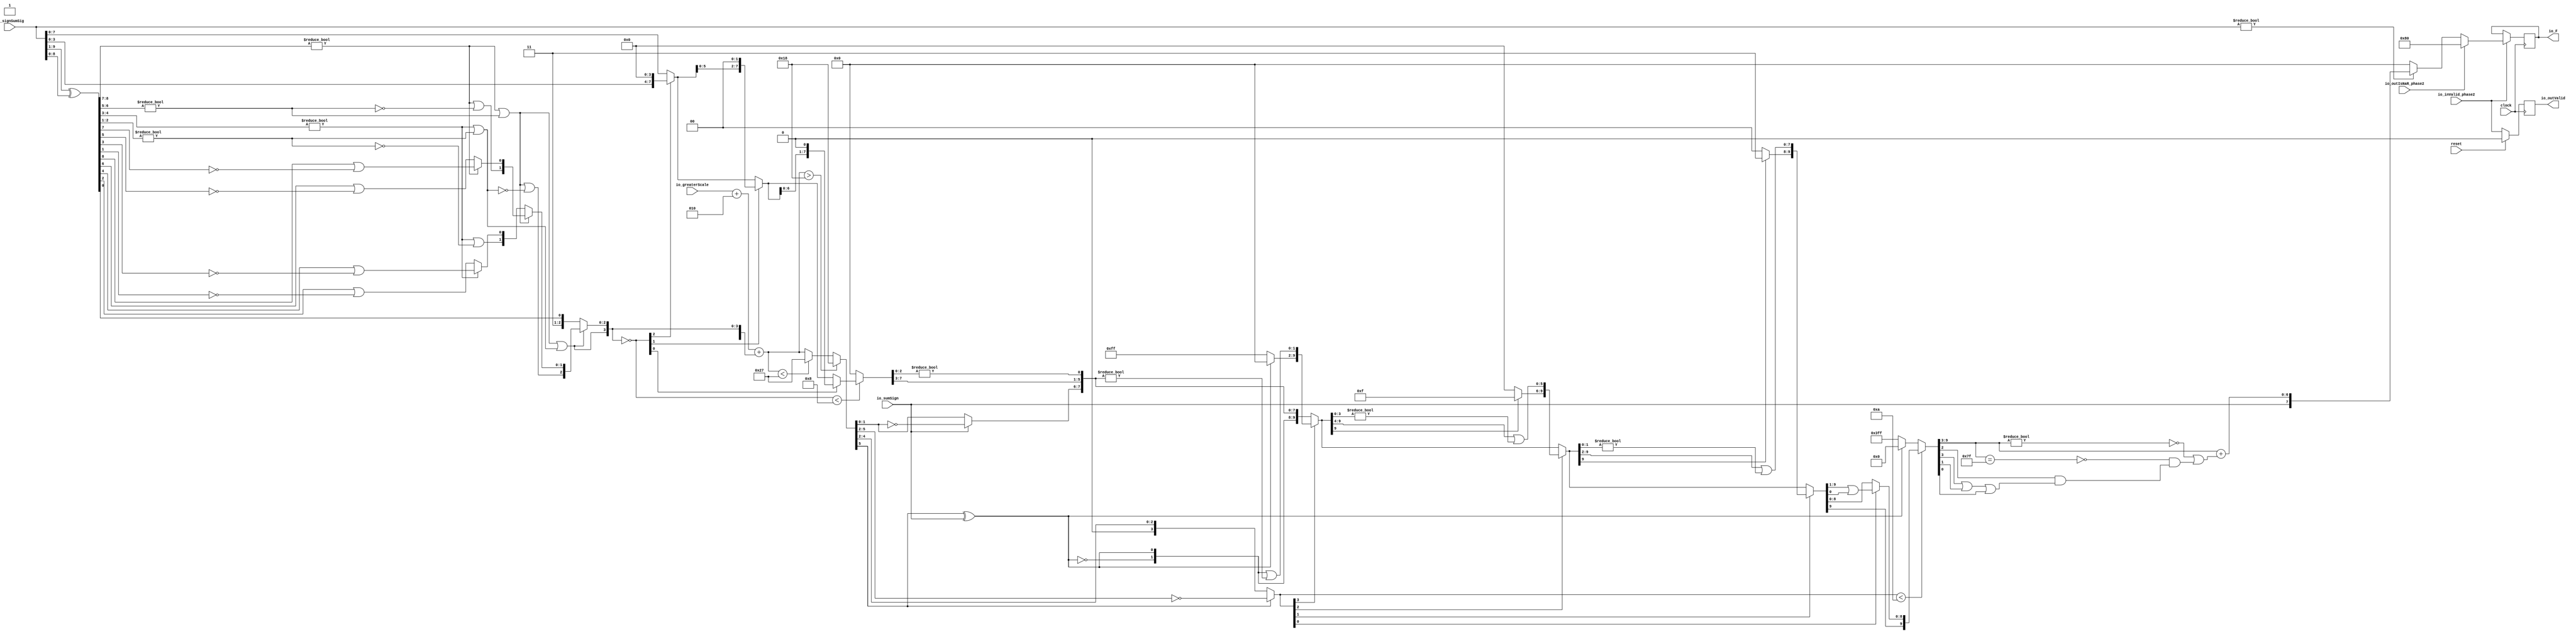
module FMAEnc8_2(
  input        clock,
  input        reset,
  input        io_inValid_phase2,
  input  [9:0] io_signSumSig,
  input        io_sumSign,
  input  [5:0] io_greaterScale,
  input        io_outIsNaR_phase2,
  output [7:0] io_F,
  output       io_outValid
);
  wire [8:0] _T; // @[FMAEnc.scala 35:36]
  wire [8:0] _T_1; // @[FMAEnc.scala 35:74]
  wire [8:0] sumXor; // @[FMAEnc.scala 35:54]
  wire [7:0] _T_2; // @[LZD.scala 43:32]
  wire [3:0] _T_3; // @[LZD.scala 43:32]
  wire [1:0] _T_4; // @[LZD.scala 43:32]
  wire  _T_5; // @[LZD.scala 39:14]
  wire  _T_6; // @[LZD.scala 39:21]
  wire  _T_7; // @[LZD.scala 39:30]
  wire  _T_8; // @[LZD.scala 39:27]
  wire  _T_9; // @[LZD.scala 39:25]
  wire [1:0] _T_10; // @[Cat.scala 29:58]
  wire [1:0] _T_11; // @[LZD.scala 44:32]
  wire  _T_12; // @[LZD.scala 39:14]
  wire  _T_13; // @[LZD.scala 39:21]
  wire  _T_14; // @[LZD.scala 39:30]
  wire  _T_15; // @[LZD.scala 39:27]
  wire  _T_16; // @[LZD.scala 39:25]
  wire [1:0] _T_17; // @[Cat.scala 29:58]
  wire  _T_18; // @[Shift.scala 12:21]
  wire  _T_19; // @[Shift.scala 12:21]
  wire  _T_20; // @[LZD.scala 49:16]
  wire  _T_21; // @[LZD.scala 49:27]
  wire  _T_22; // @[LZD.scala 49:25]
  wire  _T_23; // @[LZD.scala 49:47]
  wire  _T_24; // @[LZD.scala 49:59]
  wire  _T_25; // @[LZD.scala 49:35]
  wire [2:0] _T_27; // @[Cat.scala 29:58]
  wire [3:0] _T_28; // @[LZD.scala 44:32]
  wire [1:0] _T_29; // @[LZD.scala 43:32]
  wire  _T_30; // @[LZD.scala 39:14]
  wire  _T_31; // @[LZD.scala 39:21]
  wire  _T_32; // @[LZD.scala 39:30]
  wire  _T_33; // @[LZD.scala 39:27]
  wire  _T_34; // @[LZD.scala 39:25]
  wire [1:0] _T_35; // @[Cat.scala 29:58]
  wire [1:0] _T_36; // @[LZD.scala 44:32]
  wire  _T_37; // @[LZD.scala 39:14]
  wire  _T_38; // @[LZD.scala 39:21]
  wire  _T_39; // @[LZD.scala 39:30]
  wire  _T_40; // @[LZD.scala 39:27]
  wire  _T_41; // @[LZD.scala 39:25]
  wire [1:0] _T_42; // @[Cat.scala 29:58]
  wire  _T_43; // @[Shift.scala 12:21]
  wire  _T_44; // @[Shift.scala 12:21]
  wire  _T_45; // @[LZD.scala 49:16]
  wire  _T_46; // @[LZD.scala 49:27]
  wire  _T_47; // @[LZD.scala 49:25]
  wire  _T_48; // @[LZD.scala 49:47]
  wire  _T_49; // @[LZD.scala 49:59]
  wire  _T_50; // @[LZD.scala 49:35]
  wire [2:0] _T_52; // @[Cat.scala 29:58]
  wire  _T_53; // @[Shift.scala 12:21]
  wire  _T_54; // @[Shift.scala 12:21]
  wire  _T_55; // @[LZD.scala 49:16]
  wire  _T_56; // @[LZD.scala 49:27]
  wire  _T_57; // @[LZD.scala 49:25]
  wire [1:0] _T_58; // @[LZD.scala 49:47]
  wire [1:0] _T_59; // @[LZD.scala 49:59]
  wire [1:0] _T_60; // @[LZD.scala 49:35]
  wire [3:0] _T_62; // @[Cat.scala 29:58]
  wire  _T_63; // @[LZD.scala 44:32]
  wire  _T_65; // @[Shift.scala 12:21]
  wire [2:0] _T_68; // @[Cat.scala 29:58]
  wire [2:0] _T_69; // @[LZD.scala 55:32]
  wire [2:0] _T_70; // @[LZD.scala 55:20]
  wire [3:0] sumLZD; // @[Cat.scala 29:58]
  wire [3:0] shiftValue; // @[FMAEnc.scala 37:24]
  wire [7:0] _T_71; // @[FMAEnc.scala 38:41]
  wire  _T_72; // @[Shift.scala 16:24]
  wire [2:0] _T_73; // @[Shift.scala 17:37]
  wire  _T_74; // @[Shift.scala 12:21]
  wire [3:0] _T_75; // @[Shift.scala 64:52]
  wire [7:0] _T_77; // @[Cat.scala 29:58]
  wire [7:0] _T_78; // @[Shift.scala 64:27]
  wire [1:0] _T_79; // @[Shift.scala 66:70]
  wire  _T_80; // @[Shift.scala 12:21]
  wire [5:0] _T_81; // @[Shift.scala 64:52]
  wire [7:0] _T_83; // @[Cat.scala 29:58]
  wire [7:0] _T_84; // @[Shift.scala 64:27]
  wire  _T_85; // @[Shift.scala 66:70]
  wire [6:0] _T_87; // @[Shift.scala 64:52]
  wire [7:0] _T_88; // @[Cat.scala 29:58]
  wire [7:0] _T_89; // @[Shift.scala 64:27]
  wire [7:0] normalFracTmp; // @[Shift.scala 16:10]
  wire [5:0] _T_91; // @[FMAEnc.scala 41:39]
  wire [5:0] _T_92; // @[FMAEnc.scala 41:39]
  wire [4:0] _T_93; // @[Cat.scala 29:58]
  wire [4:0] _T_94; // @[FMAEnc.scala 41:64]
  wire [5:0] _GEN_2; // @[FMAEnc.scala 41:45]
  wire [5:0] _T_96; // @[FMAEnc.scala 41:45]
  wire [5:0] sumScale; // @[FMAEnc.scala 41:45]
  wire [2:0] sumFrac; // @[FMAEnc.scala 42:41]
  wire [4:0] grsTmp; // @[FMAEnc.scala 45:41]
  wire [1:0] _T_97; // @[FMAEnc.scala 48:40]
  wire [2:0] _T_98; // @[FMAEnc.scala 48:56]
  wire  _T_99; // @[FMAEnc.scala 48:60]
  wire  underflow; // @[FMAEnc.scala 55:32]
  wire  overflow; // @[FMAEnc.scala 56:32]
  wire  _T_100; // @[FMAEnc.scala 65:35]
  wire  decF_isZero; // @[FMAEnc.scala 65:20]
  wire [5:0] _T_102; // @[Mux.scala 87:16]
  wire [5:0] decF_scale; // @[Mux.scala 87:16]
  wire [1:0] _T_104; // @[convert.scala 46:61]
  wire [1:0] _T_105; // @[convert.scala 46:52]
  wire [1:0] _T_107; // @[convert.scala 46:42]
  wire [3:0] _T_108; // @[convert.scala 48:34]
  wire  _T_109; // @[convert.scala 49:36]
  wire [3:0] _T_111; // @[convert.scala 50:36]
  wire [3:0] _T_112; // @[convert.scala 50:36]
  wire [3:0] _T_113; // @[convert.scala 50:28]
  wire  _T_114; // @[convert.scala 51:31]
  wire  _T_115; // @[convert.scala 52:43]
  wire [9:0] _T_119; // @[Cat.scala 29:58]
  wire [3:0] _T_120; // @[Shift.scala 39:17]
  wire  _T_121; // @[Shift.scala 39:24]
  wire [1:0] _T_123; // @[Shift.scala 90:30]
  wire [7:0] _T_124; // @[Shift.scala 90:48]
  wire  _T_125; // @[Shift.scala 90:57]
  wire [1:0] _GEN_3; // @[Shift.scala 90:39]
  wire [1:0] _T_126; // @[Shift.scala 90:39]
  wire  _T_127; // @[Shift.scala 12:21]
  wire  _T_128; // @[Shift.scala 12:21]
  wire [7:0] _T_130; // @[Bitwise.scala 71:12]
  wire [9:0] _T_131; // @[Cat.scala 29:58]
  wire [9:0] _T_132; // @[Shift.scala 91:22]
  wire [2:0] _T_133; // @[Shift.scala 92:77]
  wire [5:0] _T_134; // @[Shift.scala 90:30]
  wire [3:0] _T_135; // @[Shift.scala 90:48]
  wire  _T_136; // @[Shift.scala 90:57]
  wire [5:0] _GEN_4; // @[Shift.scala 90:39]
  wire [5:0] _T_137; // @[Shift.scala 90:39]
  wire  _T_138; // @[Shift.scala 12:21]
  wire  _T_139; // @[Shift.scala 12:21]
  wire [3:0] _T_141; // @[Bitwise.scala 71:12]
  wire [9:0] _T_142; // @[Cat.scala 29:58]
  wire [9:0] _T_143; // @[Shift.scala 91:22]
  wire [1:0] _T_144; // @[Shift.scala 92:77]
  wire [7:0] _T_145; // @[Shift.scala 90:30]
  wire [1:0] _T_146; // @[Shift.scala 90:48]
  wire  _T_147; // @[Shift.scala 90:57]
  wire [7:0] _GEN_5; // @[Shift.scala 90:39]
  wire [7:0] _T_148; // @[Shift.scala 90:39]
  wire  _T_149; // @[Shift.scala 12:21]
  wire  _T_150; // @[Shift.scala 12:21]
  wire [1:0] _T_152; // @[Bitwise.scala 71:12]
  wire [9:0] _T_153; // @[Cat.scala 29:58]
  wire [9:0] _T_154; // @[Shift.scala 91:22]
  wire  _T_155; // @[Shift.scala 92:77]
  wire [8:0] _T_156; // @[Shift.scala 90:30]
  wire  _T_157; // @[Shift.scala 90:48]
  wire [8:0] _GEN_6; // @[Shift.scala 90:39]
  wire [8:0] _T_159; // @[Shift.scala 90:39]
  wire  _T_161; // @[Shift.scala 12:21]
  wire [9:0] _T_162; // @[Cat.scala 29:58]
  wire [9:0] _T_163; // @[Shift.scala 91:22]
  wire [9:0] _T_166; // @[Bitwise.scala 71:12]
  wire [9:0] _T_167; // @[Shift.scala 39:10]
  wire  _T_168; // @[convert.scala 55:31]
  wire  _T_169; // @[convert.scala 56:31]
  wire  _T_170; // @[convert.scala 57:31]
  wire  _T_171; // @[convert.scala 58:31]
  wire [6:0] _T_172; // @[convert.scala 59:69]
  wire  _T_173; // @[convert.scala 59:81]
  wire  _T_174; // @[convert.scala 59:50]
  wire  _T_176; // @[convert.scala 60:81]
  wire  _T_177; // @[convert.scala 61:44]
  wire  _T_178; // @[convert.scala 61:52]
  wire  _T_179; // @[convert.scala 61:36]
  wire  _T_180; // @[convert.scala 62:63]
  wire  _T_181; // @[convert.scala 62:103]
  wire  _T_182; // @[convert.scala 62:60]
  wire [6:0] _GEN_7; // @[convert.scala 63:56]
  wire [6:0] _T_185; // @[convert.scala 63:56]
  wire [7:0] _T_186; // @[Cat.scala 29:58]
  reg  _T_190; // @[Valid.scala 117:22]
  reg [31:0] _RAND_0;
  reg [7:0] _T_194; // @[Reg.scala 15:16]
  reg [31:0] _RAND_1;
  assign _T = io_signSumSig[9:1]; // @[FMAEnc.scala 35:36]
  assign _T_1 = io_signSumSig[8:0]; // @[FMAEnc.scala 35:74]
  assign sumXor = _T ^ _T_1; // @[FMAEnc.scala 35:54]
  assign _T_2 = sumXor[8:1]; // @[LZD.scala 43:32]
  assign _T_3 = _T_2[7:4]; // @[LZD.scala 43:32]
  assign _T_4 = _T_3[3:2]; // @[LZD.scala 43:32]
  assign _T_5 = _T_4 != 2'h0; // @[LZD.scala 39:14]
  assign _T_6 = _T_4[1]; // @[LZD.scala 39:21]
  assign _T_7 = _T_4[0]; // @[LZD.scala 39:30]
  assign _T_8 = ~ _T_7; // @[LZD.scala 39:27]
  assign _T_9 = _T_6 | _T_8; // @[LZD.scala 39:25]
  assign _T_10 = {_T_5,_T_9}; // @[Cat.scala 29:58]
  assign _T_11 = _T_3[1:0]; // @[LZD.scala 44:32]
  assign _T_12 = _T_11 != 2'h0; // @[LZD.scala 39:14]
  assign _T_13 = _T_11[1]; // @[LZD.scala 39:21]
  assign _T_14 = _T_11[0]; // @[LZD.scala 39:30]
  assign _T_15 = ~ _T_14; // @[LZD.scala 39:27]
  assign _T_16 = _T_13 | _T_15; // @[LZD.scala 39:25]
  assign _T_17 = {_T_12,_T_16}; // @[Cat.scala 29:58]
  assign _T_18 = _T_10[1]; // @[Shift.scala 12:21]
  assign _T_19 = _T_17[1]; // @[Shift.scala 12:21]
  assign _T_20 = _T_18 | _T_19; // @[LZD.scala 49:16]
  assign _T_21 = ~ _T_19; // @[LZD.scala 49:27]
  assign _T_22 = _T_18 | _T_21; // @[LZD.scala 49:25]
  assign _T_23 = _T_10[0:0]; // @[LZD.scala 49:47]
  assign _T_24 = _T_17[0:0]; // @[LZD.scala 49:59]
  assign _T_25 = _T_18 ? _T_23 : _T_24; // @[LZD.scala 49:35]
  assign _T_27 = {_T_20,_T_22,_T_25}; // @[Cat.scala 29:58]
  assign _T_28 = _T_2[3:0]; // @[LZD.scala 44:32]
  assign _T_29 = _T_28[3:2]; // @[LZD.scala 43:32]
  assign _T_30 = _T_29 != 2'h0; // @[LZD.scala 39:14]
  assign _T_31 = _T_29[1]; // @[LZD.scala 39:21]
  assign _T_32 = _T_29[0]; // @[LZD.scala 39:30]
  assign _T_33 = ~ _T_32; // @[LZD.scala 39:27]
  assign _T_34 = _T_31 | _T_33; // @[LZD.scala 39:25]
  assign _T_35 = {_T_30,_T_34}; // @[Cat.scala 29:58]
  assign _T_36 = _T_28[1:0]; // @[LZD.scala 44:32]
  assign _T_37 = _T_36 != 2'h0; // @[LZD.scala 39:14]
  assign _T_38 = _T_36[1]; // @[LZD.scala 39:21]
  assign _T_39 = _T_36[0]; // @[LZD.scala 39:30]
  assign _T_40 = ~ _T_39; // @[LZD.scala 39:27]
  assign _T_41 = _T_38 | _T_40; // @[LZD.scala 39:25]
  assign _T_42 = {_T_37,_T_41}; // @[Cat.scala 29:58]
  assign _T_43 = _T_35[1]; // @[Shift.scala 12:21]
  assign _T_44 = _T_42[1]; // @[Shift.scala 12:21]
  assign _T_45 = _T_43 | _T_44; // @[LZD.scala 49:16]
  assign _T_46 = ~ _T_44; // @[LZD.scala 49:27]
  assign _T_47 = _T_43 | _T_46; // @[LZD.scala 49:25]
  assign _T_48 = _T_35[0:0]; // @[LZD.scala 49:47]
  assign _T_49 = _T_42[0:0]; // @[LZD.scala 49:59]
  assign _T_50 = _T_43 ? _T_48 : _T_49; // @[LZD.scala 49:35]
  assign _T_52 = {_T_45,_T_47,_T_50}; // @[Cat.scala 29:58]
  assign _T_53 = _T_27[2]; // @[Shift.scala 12:21]
  assign _T_54 = _T_52[2]; // @[Shift.scala 12:21]
  assign _T_55 = _T_53 | _T_54; // @[LZD.scala 49:16]
  assign _T_56 = ~ _T_54; // @[LZD.scala 49:27]
  assign _T_57 = _T_53 | _T_56; // @[LZD.scala 49:25]
  assign _T_58 = _T_27[1:0]; // @[LZD.scala 49:47]
  assign _T_59 = _T_52[1:0]; // @[LZD.scala 49:59]
  assign _T_60 = _T_53 ? _T_58 : _T_59; // @[LZD.scala 49:35]
  assign _T_62 = {_T_55,_T_57,_T_60}; // @[Cat.scala 29:58]
  assign _T_63 = sumXor[0:0]; // @[LZD.scala 44:32]
  assign _T_65 = _T_62[3]; // @[Shift.scala 12:21]
  assign _T_68 = {2'h3,_T_63}; // @[Cat.scala 29:58]
  assign _T_69 = _T_62[2:0]; // @[LZD.scala 55:32]
  assign _T_70 = _T_65 ? _T_69 : _T_68; // @[LZD.scala 55:20]
  assign sumLZD = {_T_65,_T_70}; // @[Cat.scala 29:58]
  assign shiftValue = ~ sumLZD; // @[FMAEnc.scala 37:24]
  assign _T_71 = io_signSumSig[7:0]; // @[FMAEnc.scala 38:41]
  assign _T_72 = shiftValue < 4'h8; // @[Shift.scala 16:24]
  assign _T_73 = shiftValue[2:0]; // @[Shift.scala 17:37]
  assign _T_74 = _T_73[2]; // @[Shift.scala 12:21]
  assign _T_75 = _T_71[3:0]; // @[Shift.scala 64:52]
  assign _T_77 = {_T_75,4'h0}; // @[Cat.scala 29:58]
  assign _T_78 = _T_74 ? _T_77 : _T_71; // @[Shift.scala 64:27]
  assign _T_79 = _T_73[1:0]; // @[Shift.scala 66:70]
  assign _T_80 = _T_79[1]; // @[Shift.scala 12:21]
  assign _T_81 = _T_78[5:0]; // @[Shift.scala 64:52]
  assign _T_83 = {_T_81,2'h0}; // @[Cat.scala 29:58]
  assign _T_84 = _T_80 ? _T_83 : _T_78; // @[Shift.scala 64:27]
  assign _T_85 = _T_79[0:0]; // @[Shift.scala 66:70]
  assign _T_87 = _T_84[6:0]; // @[Shift.scala 64:52]
  assign _T_88 = {_T_87,1'h0}; // @[Cat.scala 29:58]
  assign _T_89 = _T_85 ? _T_88 : _T_84; // @[Shift.scala 64:27]
  assign normalFracTmp = _T_72 ? _T_89 : 8'h0; // @[Shift.scala 16:10]
  assign _T_91 = $signed(io_greaterScale) + $signed(6'sh2); // @[FMAEnc.scala 41:39]
  assign _T_92 = $signed(_T_91); // @[FMAEnc.scala 41:39]
  assign _T_93 = {1'h1,_T_65,_T_70}; // @[Cat.scala 29:58]
  assign _T_94 = $signed(_T_93); // @[FMAEnc.scala 41:64]
  assign _GEN_2 = {{1{_T_94[4]}},_T_94}; // @[FMAEnc.scala 41:45]
  assign _T_96 = $signed(_T_92) + $signed(_GEN_2); // @[FMAEnc.scala 41:45]
  assign sumScale = $signed(_T_96); // @[FMAEnc.scala 41:45]
  assign sumFrac = normalFracTmp[7:5]; // @[FMAEnc.scala 42:41]
  assign grsTmp = normalFracTmp[4:0]; // @[FMAEnc.scala 45:41]
  assign _T_97 = grsTmp[4:3]; // @[FMAEnc.scala 48:40]
  assign _T_98 = grsTmp[2:0]; // @[FMAEnc.scala 48:56]
  assign _T_99 = _T_98 != 3'h0; // @[FMAEnc.scala 48:60]
  assign underflow = $signed(sumScale) < $signed(-6'sh19); // @[FMAEnc.scala 55:32]
  assign overflow = $signed(sumScale) > $signed(6'sh18); // @[FMAEnc.scala 56:32]
  assign _T_100 = io_signSumSig != 10'h0; // @[FMAEnc.scala 65:35]
  assign decF_isZero = ~ _T_100; // @[FMAEnc.scala 65:20]
  assign _T_102 = underflow ? $signed(-6'sh19) : $signed(sumScale); // @[Mux.scala 87:16]
  assign decF_scale = overflow ? $signed(6'sh18) : $signed(_T_102); // @[Mux.scala 87:16]
  assign _T_104 = decF_scale[1:0]; // @[convert.scala 46:61]
  assign _T_105 = ~ _T_104; // @[convert.scala 46:52]
  assign _T_107 = io_sumSign ? _T_105 : _T_104; // @[convert.scala 46:42]
  assign _T_108 = decF_scale[5:2]; // @[convert.scala 48:34]
  assign _T_109 = _T_108[3:3]; // @[convert.scala 49:36]
  assign _T_111 = ~ _T_108; // @[convert.scala 50:36]
  assign _T_112 = $signed(_T_111); // @[convert.scala 50:36]
  assign _T_113 = _T_109 ? $signed(_T_112) : $signed(_T_108); // @[convert.scala 50:28]
  assign _T_114 = _T_109 ^ io_sumSign; // @[convert.scala 51:31]
  assign _T_115 = ~ _T_114; // @[convert.scala 52:43]
  assign _T_119 = {_T_115,_T_114,_T_107,sumFrac,_T_97,_T_99}; // @[Cat.scala 29:58]
  assign _T_120 = $unsigned(_T_113); // @[Shift.scala 39:17]
  assign _T_121 = _T_120 < 4'ha; // @[Shift.scala 39:24]
  assign _T_123 = _T_119[9:8]; // @[Shift.scala 90:30]
  assign _T_124 = _T_119[7:0]; // @[Shift.scala 90:48]
  assign _T_125 = _T_124 != 8'h0; // @[Shift.scala 90:57]
  assign _GEN_3 = {{1'd0}, _T_125}; // @[Shift.scala 90:39]
  assign _T_126 = _T_123 | _GEN_3; // @[Shift.scala 90:39]
  assign _T_127 = _T_120[3]; // @[Shift.scala 12:21]
  assign _T_128 = _T_119[9]; // @[Shift.scala 12:21]
  assign _T_130 = _T_128 ? 8'hff : 8'h0; // @[Bitwise.scala 71:12]
  assign _T_131 = {_T_130,_T_126}; // @[Cat.scala 29:58]
  assign _T_132 = _T_127 ? _T_131 : _T_119; // @[Shift.scala 91:22]
  assign _T_133 = _T_120[2:0]; // @[Shift.scala 92:77]
  assign _T_134 = _T_132[9:4]; // @[Shift.scala 90:30]
  assign _T_135 = _T_132[3:0]; // @[Shift.scala 90:48]
  assign _T_136 = _T_135 != 4'h0; // @[Shift.scala 90:57]
  assign _GEN_4 = {{5'd0}, _T_136}; // @[Shift.scala 90:39]
  assign _T_137 = _T_134 | _GEN_4; // @[Shift.scala 90:39]
  assign _T_138 = _T_133[2]; // @[Shift.scala 12:21]
  assign _T_139 = _T_132[9]; // @[Shift.scala 12:21]
  assign _T_141 = _T_139 ? 4'hf : 4'h0; // @[Bitwise.scala 71:12]
  assign _T_142 = {_T_141,_T_137}; // @[Cat.scala 29:58]
  assign _T_143 = _T_138 ? _T_142 : _T_132; // @[Shift.scala 91:22]
  assign _T_144 = _T_133[1:0]; // @[Shift.scala 92:77]
  assign _T_145 = _T_143[9:2]; // @[Shift.scala 90:30]
  assign _T_146 = _T_143[1:0]; // @[Shift.scala 90:48]
  assign _T_147 = _T_146 != 2'h0; // @[Shift.scala 90:57]
  assign _GEN_5 = {{7'd0}, _T_147}; // @[Shift.scala 90:39]
  assign _T_148 = _T_145 | _GEN_5; // @[Shift.scala 90:39]
  assign _T_149 = _T_144[1]; // @[Shift.scala 12:21]
  assign _T_150 = _T_143[9]; // @[Shift.scala 12:21]
  assign _T_152 = _T_150 ? 2'h3 : 2'h0; // @[Bitwise.scala 71:12]
  assign _T_153 = {_T_152,_T_148}; // @[Cat.scala 29:58]
  assign _T_154 = _T_149 ? _T_153 : _T_143; // @[Shift.scala 91:22]
  assign _T_155 = _T_144[0:0]; // @[Shift.scala 92:77]
  assign _T_156 = _T_154[9:1]; // @[Shift.scala 90:30]
  assign _T_157 = _T_154[0:0]; // @[Shift.scala 90:48]
  assign _GEN_6 = {{8'd0}, _T_157}; // @[Shift.scala 90:39]
  assign _T_159 = _T_156 | _GEN_6; // @[Shift.scala 90:39]
  assign _T_161 = _T_154[9]; // @[Shift.scala 12:21]
  assign _T_162 = {_T_161,_T_159}; // @[Cat.scala 29:58]
  assign _T_163 = _T_155 ? _T_162 : _T_154; // @[Shift.scala 91:22]
  assign _T_166 = _T_128 ? 10'h3ff : 10'h0; // @[Bitwise.scala 71:12]
  assign _T_167 = _T_121 ? _T_163 : _T_166; // @[Shift.scala 39:10]
  assign _T_168 = _T_167[3]; // @[convert.scala 55:31]
  assign _T_169 = _T_167[2]; // @[convert.scala 56:31]
  assign _T_170 = _T_167[1]; // @[convert.scala 57:31]
  assign _T_171 = _T_167[0]; // @[convert.scala 58:31]
  assign _T_172 = _T_167[9:3]; // @[convert.scala 59:69]
  assign _T_173 = _T_172 != 7'h0; // @[convert.scala 59:81]
  assign _T_174 = ~ _T_173; // @[convert.scala 59:50]
  assign _T_176 = _T_172 == 7'h7f; // @[convert.scala 60:81]
  assign _T_177 = _T_168 | _T_170; // @[convert.scala 61:44]
  assign _T_178 = _T_177 | _T_171; // @[convert.scala 61:52]
  assign _T_179 = _T_169 & _T_178; // @[convert.scala 61:36]
  assign _T_180 = ~ _T_176; // @[convert.scala 62:63]
  assign _T_181 = _T_180 & _T_179; // @[convert.scala 62:103]
  assign _T_182 = _T_174 | _T_181; // @[convert.scala 62:60]
  assign _GEN_7 = {{6'd0}, _T_182}; // @[convert.scala 63:56]
  assign _T_185 = _T_172 + _GEN_7; // @[convert.scala 63:56]
  assign _T_186 = {io_sumSign,_T_185}; // @[Cat.scala 29:58]
  assign io_F = _T_194; // @[FMAEnc.scala 85:15]
  assign io_outValid = _T_190; // @[FMAEnc.scala 84:15]
`ifdef RANDOMIZE_GARBAGE_ASSIGN
`define RANDOMIZE
`endif
`ifdef RANDOMIZE_INVALID_ASSIGN
`define RANDOMIZE
`endif
`ifdef RANDOMIZE_REG_INIT
`define RANDOMIZE
`endif
`ifdef RANDOMIZE_MEM_INIT
`define RANDOMIZE
`endif
`ifndef RANDOM
`define RANDOM $random
`endif
`ifdef RANDOMIZE_MEM_INIT
  integer initvar;
`endif
initial begin
  `ifdef RANDOMIZE
    `ifdef INIT_RANDOM
      `INIT_RANDOM
    `endif
    `ifndef VERILATOR
      `ifdef RANDOMIZE_DELAY
        #`RANDOMIZE_DELAY begin end
      `else
        #0.002 begin end
      `endif
    `endif
  `ifdef RANDOMIZE_REG_INIT
  _RAND_0 = {1{`RANDOM}};
  _T_190 = _RAND_0[0:0];
  `endif // RANDOMIZE_REG_INIT
  `ifdef RANDOMIZE_REG_INIT
  _RAND_1 = {1{`RANDOM}};
  _T_194 = _RAND_1[7:0];
  `endif // RANDOMIZE_REG_INIT
  `endif // RANDOMIZE
end
  always @(posedge clock) begin
    if (reset) begin
      _T_190 <= 1'h0;
    end else begin
      _T_190 <= io_inValid_phase2;
    end
    if (io_inValid_phase2) begin
      if (io_outIsNaR_phase2) begin
        _T_194 <= 8'h80;
      end else begin
        if (decF_isZero) begin
          _T_194 <= 8'h0;
        end else begin
          _T_194 <= _T_186;
        end
      end
    end
  end
endmodule